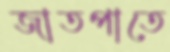
জাতপাতে